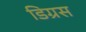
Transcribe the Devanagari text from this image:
डिग्रस